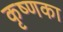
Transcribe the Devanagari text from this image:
कृष्णका